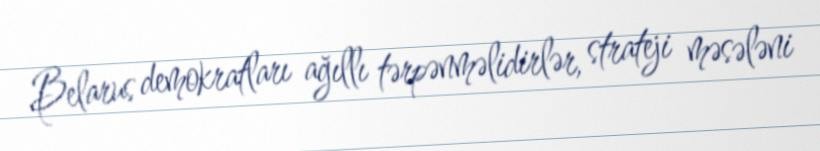
Belarus demokratları ağıllı tərpənməlidirlər, strateji məsələni